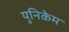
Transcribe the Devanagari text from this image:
युनिकेम